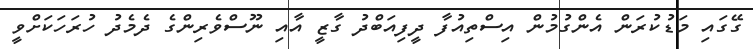
ގޭގައި މަޑުކުރަން އެންގުމުން އިސްތިއުފާ ދީފިއަބްދު ގާޒީ އާއި ނޫސްވެރިންގެ ދެމެދު ހުރަހަކަށްވީ